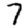
Digit: 7